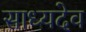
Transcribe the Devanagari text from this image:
साध्यदेव